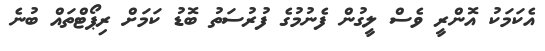
އެކަމަކު އޮންރީ ވެސް ލީގުން ފެނުމުގެ ފުރުސަތު ބޮޑު ކަމަށް ރިޕޯޓްތައް ބުނެ